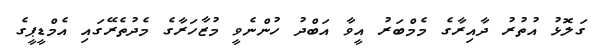
ގަލޮޅު އުތުރު ދާއިރާގެ މެމްބަރު އީވާ އަބްދު ހުންނެވީ މުޒާހަރާގެ މެދުތެރޭގައި އެމްޑީޕީގެ